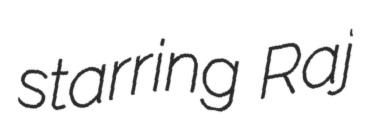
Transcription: starring Raj